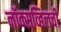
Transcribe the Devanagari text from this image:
नॉक्सव्हिलची